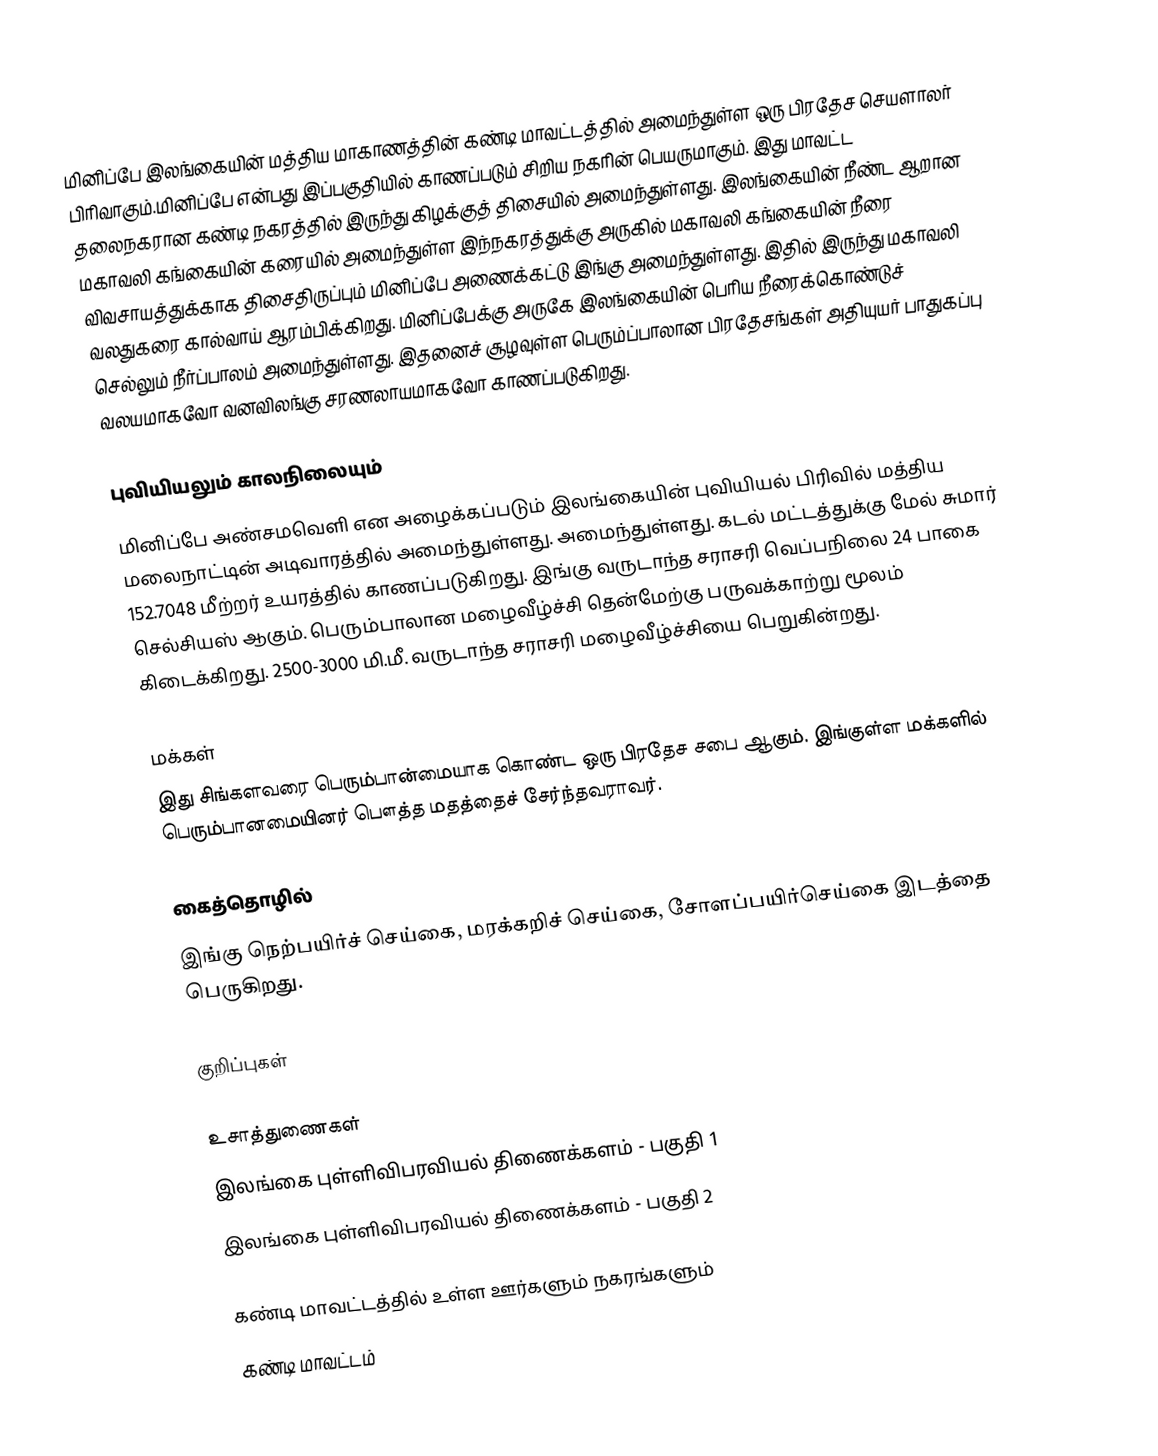
மினிப்பே இலங்கையின் மத்திய மாகாணத்தின் கண்டி மாவட்டத்தில் அமைந்துள்ள ஒரு பிரதேச செயளாலர் பிரிவாகும்.மினிப்பே என்பது இப்பகுதியில் காணப்படும்  சிறிய நகரின் பெயருமாகும். இது மாவட்ட தலைநகரான கண்டி நகரத்தில் இருந்து  கிழக்குத் திசையில்  அமைந்துள்ளது. இலங்கையின் நீண்ட ஆறான மகாவலி கங்கையின் கரையில் அமைந்துள்ள இந்நகரத்துக்கு அருகில் மகாவலி கங்கையின் நீரை விவசாயத்துக்காக திசைதிருப்பும் மினிப்பே அணைக்கட்டு இங்கு அமைந்துள்ளது. இதில் இருந்து மகாவலி வலதுகரை கால்வாய் ஆரம்பிக்கிறது. மினிப்பேக்கு அருகே இலங்கையின் பெரிய நீரைக்கொண்டுச் செல்லும் நீர்ப்பாலம் அமைந்துள்ளது. இதனைச் சூழவுள்ள பெரும்ப்பாலான பிரதேசங்கள் அதியுயர் பாதுகப்பு வலயமாகவோ வனவிலங்கு சரணலாயமாகவோ காணப்படுகிறது.

புவியியலும் காலநிலையும்
மினிப்பே  அண்சமவெளி என அழைக்கப்படும்  இலங்கையின் புவியியல் பிரிவில் மத்திய மலைநாட்டின் அடிவாரத்தில் அமைந்துள்ளது.  அமைந்துள்ளது. கடல் மட்டத்துக்கு மேல் சுமார் 152.7048 மீற்றர்  உயரத்தில் காணப்படுகிறது. இங்கு வருடாந்த சராசரி வெப்பநிலை 24 பாகை செல்சியஸ் ஆகும். பெரும்பாலான மழைவீழ்ச்சி தென்மேற்கு பருவக்காற்று மூலம் கிடைக்கிறது. 2500-3000 மி.மீ. வருடாந்த சராசரி மழைவீழ்ச்சியை பெறுகின்றது.

மக்கள்
இது சிங்களவரை பெரும்பான்மையாக கொண்ட ஒரு பிரதேச சபை ஆகும். இங்குள்ள மக்களில் பெரும்பானமையினர் பௌத்த மதத்தைச் சேர்ந்தவராவர்.

கைத்தொழில்
இங்கு நெற்பயிர்ச் செய்கை, மரக்கறிச் செய்கை, சோளப்பயிர்செய்கை இடத்தை பெருகிறது.

குறிப்புகள்

உசாத்துணைகள்
 இலங்கை புள்ளிவிபரவியல் திணைக்களம் - பகுதி 1
 இலங்கை புள்ளிவிபரவியல் திணைக்களம் - பகுதி 2

கண்டி மாவட்டத்தில் உள்ள ஊர்களும் நகரங்களும்
கண்டி மாவட்டம்